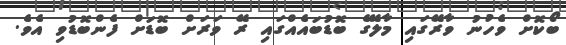
ބޯކޮށް ވެހުނު ވާރޭގައި މާލޭގެ ބޮޑުބައެއްގައި ރޭ ވަރަށް ބޮޑަށް ފެންބޮޑުވި އެވެ.